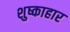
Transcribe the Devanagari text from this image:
शुष्काहार